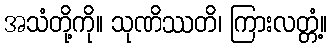
အသံတို့ကို။ သုဏိဿတိ၊ ကြားလတ္တံ့။